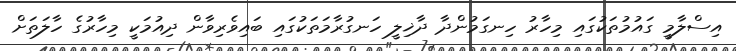
އިސްލާމީ ގައުމުތަކުގައި މިހާރު ހިނގަމުންދާ ދާޚިލީ ހަނގުރާމަތަކުގައި ބައިވެރިވާން ދިއުމަކީ މިހާރުގެ ހާލަތަށް